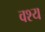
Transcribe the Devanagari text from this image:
वश्य